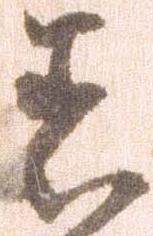
者